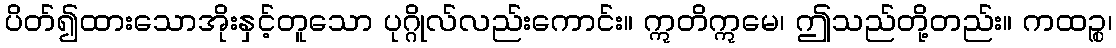
ပိတ်၍ထားသောအိုးနှင့်တူသော ပုဂ္ဂိုလ်လည်းကောင်း။ ဣတိဣမေ၊ ဤသည်တို့တည်း။ ကထဉ္စ၊